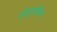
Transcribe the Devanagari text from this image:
होड्गकिन